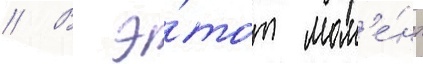
// В э́тот мом'е́нт